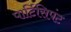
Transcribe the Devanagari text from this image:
पार्टिसिपंट